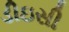
ડીઇસી